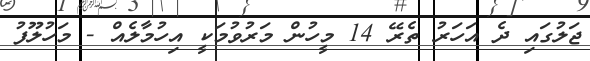
ޖަލުގައި ދެ އަހަރު ތެރޭ 14 މީހުން މަރުވުމަކީ އިހުމާލެއް - މަހުލޫފު